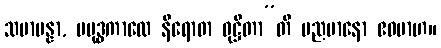
သမာပန္နာ, ပဗုဒ္ဓကာလေ နိရောဓာ ဝုဋ္ဌိတာ”တိ မညမာနော ဧဝမာဟ။